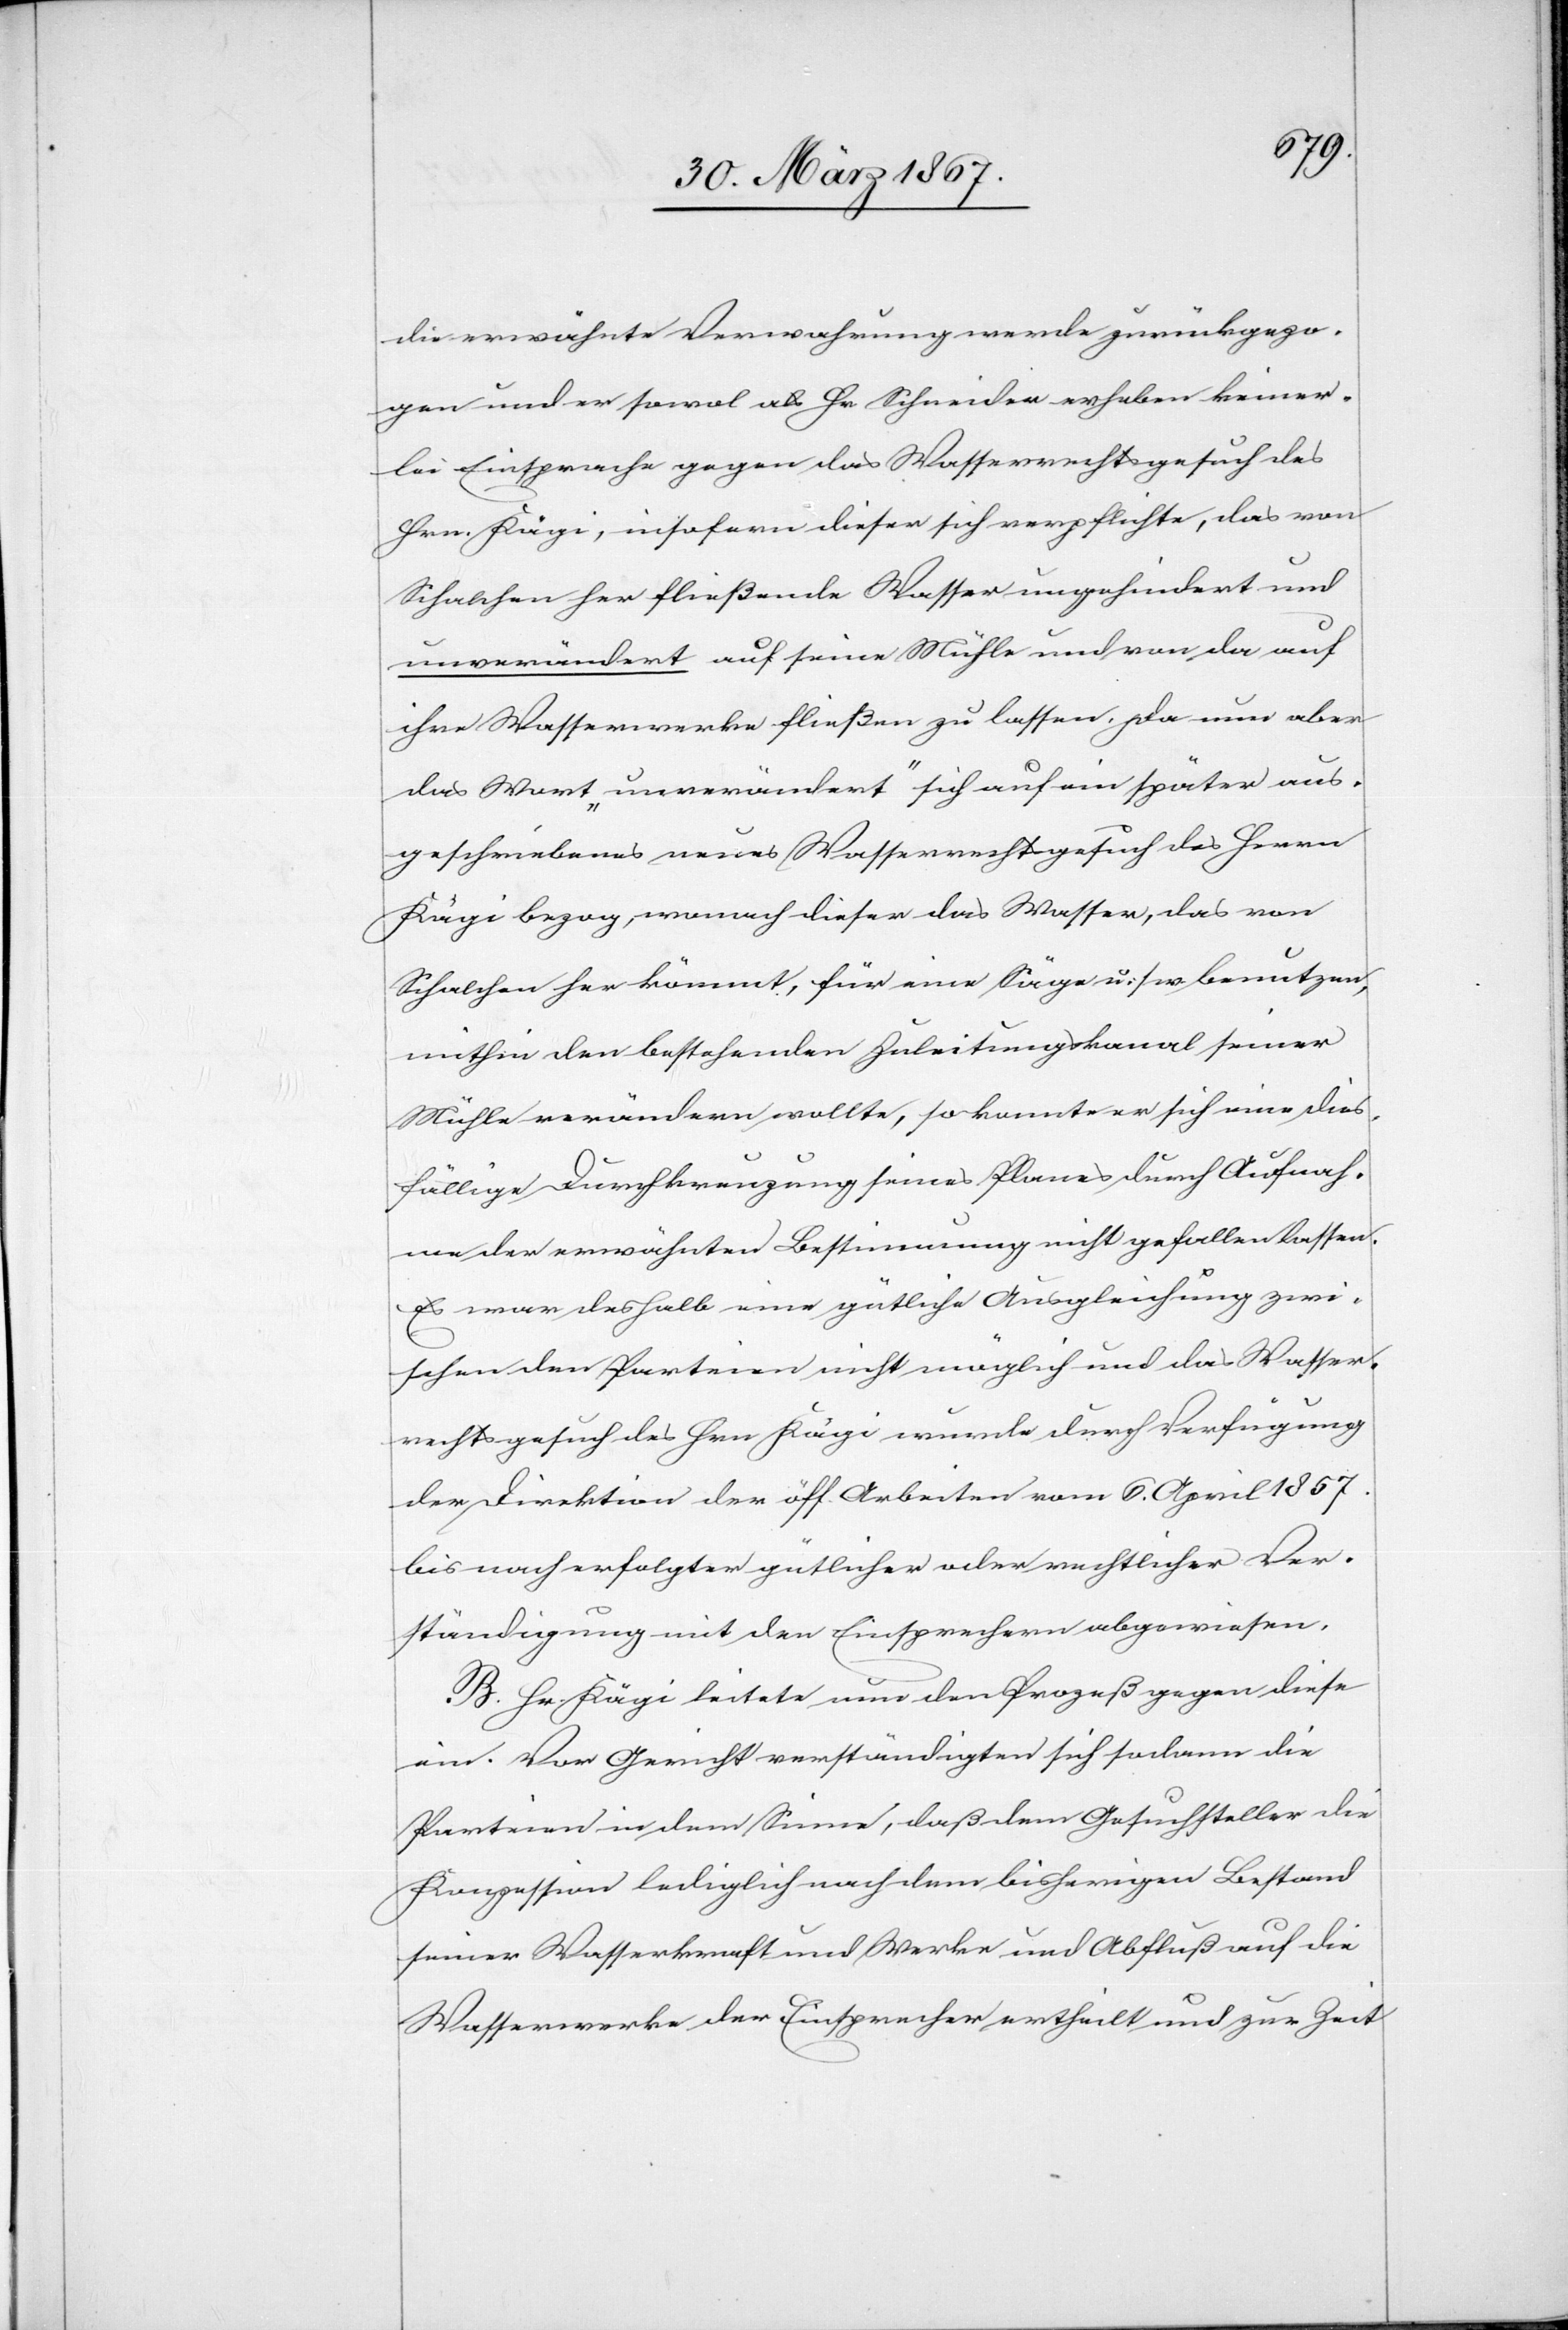
die erwähnte Verwahrung werde zurückgezo¬
gen und er sowol als Hr. Schneider erheben keiner¬
lei Einsprache gegen das Wasserrechtsgesuch des
Hrn. Kägi, insofern dieser sich verpflichte, das von
Schalchen her fließende Wasser ungehindert und
unverändert auf seine Mühle und von da auf
ihre Wasserwerke fließen zu lassen. Da nun aber
das Wort „unverändert“ sich auf ein später aus¬
geschriebenes neues Wasserrechtsgesuch des Herrn
Kägi bezog, wonach dieser das Wasser, das von
Schalchen her kömmt, für eine Säge u. s. w. benutzen,
mithin den bestehenden Zuleitungskanal seiner
Mühle verändern wollte, so konnte er sich eine dies¬
fällige Durchkreuzung seines Planes durch Aufnah¬
me der erwähnten Bestimmung nicht gefallen lassen.
Es war deshalb eine gütliche Ausgleichung zwi¬
schen den Parteien nicht möglich und das Wasser¬
rechtsgesuch des Hrn. Kägi wurde durch Verfügung
der Direktion der öff. Arbeiten vom 6. April 1857
bis nach erfolgter gütlicher oder rechtlicher Ver¬
ständigung mit den Einsprechern abgewiesen.
B. Hr. Kägi leitete nun den Prozeß gegen diese
ein. Vor Gericht verständigten sich sodann die
Parteien in dem Sinne, daß dem Gesuchsteller die
Konzession lediglich nach dem bisherigen Bestand
seiner Wasserkraft und Werke und Abfluß auf die
Wasserwerke der Einsprecher ertheilt und zur Zeit